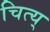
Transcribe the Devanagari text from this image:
चित्य्